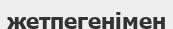
жетпегенімен